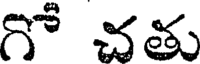
గో చతు